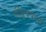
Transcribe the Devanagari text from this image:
पीयूषपानी